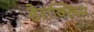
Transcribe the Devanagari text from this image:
हेराक्लिस